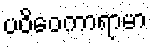
ပဝိဝေကာရာမာ